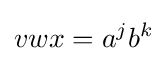
vwx=a^{j}b^{k}